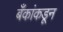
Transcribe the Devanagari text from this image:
बँकांकडून